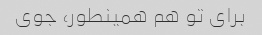
برای تو هم همینطور، جوی